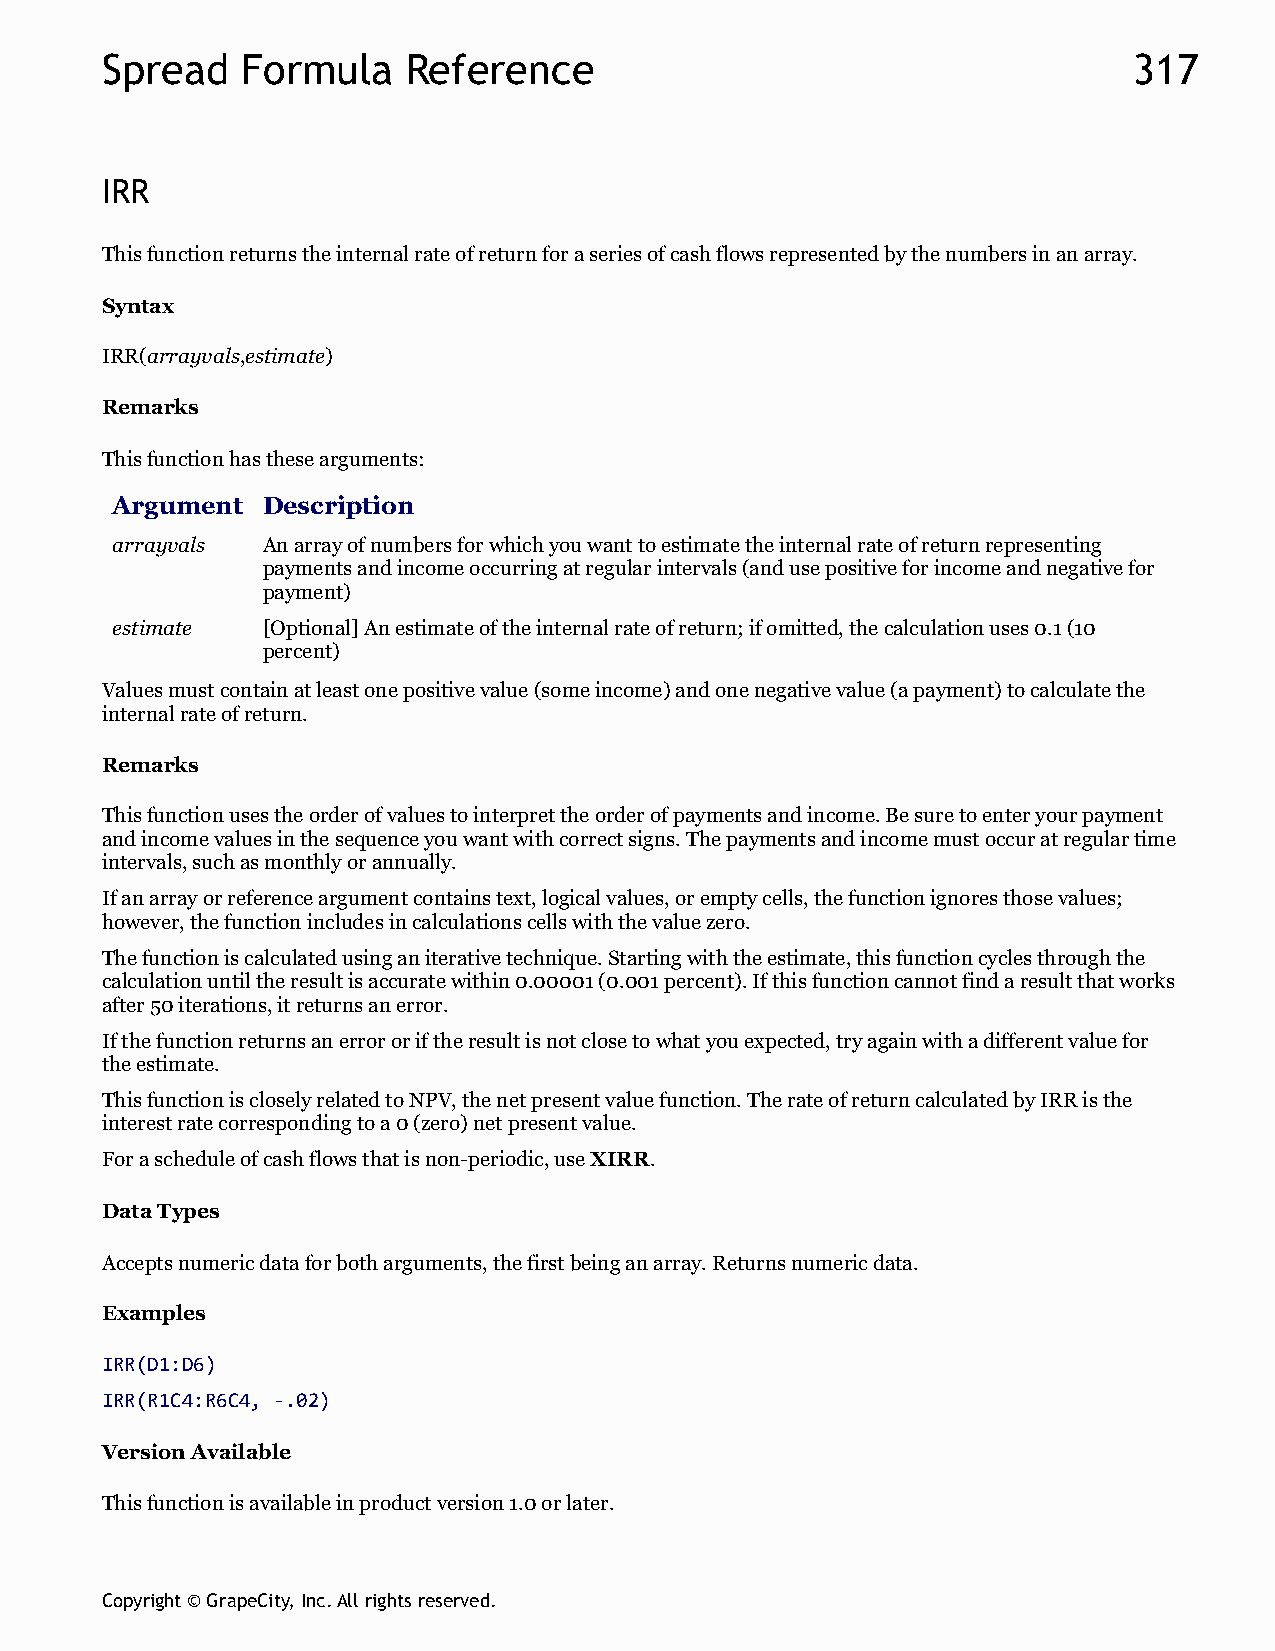
Spread   Formula    Reference                                       317
 IRR
 This function returns the internal rate of return for a series of cash flows represented by the numbers in an array.
 Syntax
 IRR(arrayvals,estimate)
 Remarks
 This function has these arguments:
 Argument  Description
 arrayvals An array of numbers for which you want to estimate the internal rate of return representing
 payments and income occurring at regular intervals (and use positive for income and negative for
 payment)
 estimate  [Optional] An estimate of the internal rate of return; if omitted, the calculation uses 0.1 (10
 percent)
 Values must contain at least one positive value (some income) and one negative value (a payment) to calculate the
 internal rate of return.
 Remarks
 This function uses the order of values to interpret the order of payments and income. Be sure to enter your payment
 and income values in the sequence you want with correct signs. The payments and income must occur at regular time
 intervals, such as monthly or annually.
 If an array or reference argument contains text, logical values, or empty cells, the function ignores those values;
 however, the function includes in calculations cells with the value zero.
 The function is calculated using an iterative technique. Starting with the estimate, this function cycles through the
 calculation until the result is accurate within 0.00001 (0.001 percent). If this function cannot find a result that works
 after 50 iterations, it returns an error.
 If the function returns an error or if the result is not close to what you expected, try again with a different value for
 the estimate.
 This function is closely related to NPV, the net present value function. The rate of return calculated by IRR is the
 interest rate corresponding to a 0 (zero) net present value.
 For a schedule of cash flows that is non-periodic, use XIRR.
 Data Types
 Accepts numeric data for both arguments, the first being an array. Returns numeric data.
 Examples
 IRR(D1:D6)
 IRR(R1C4:R6C4, -.02)
 Version Available
 This function is available in product version 1.0 or later.
 Copyright © GrapeCity, Inc. All rights reserved.